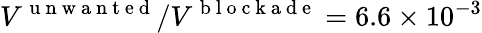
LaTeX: V^{\mathrm{~u~n~w~a~n~t~e~d~}}/V^{\mathrm{~b~l~o~c~k~a~d~e~}}=6.6\times 10^{-3}